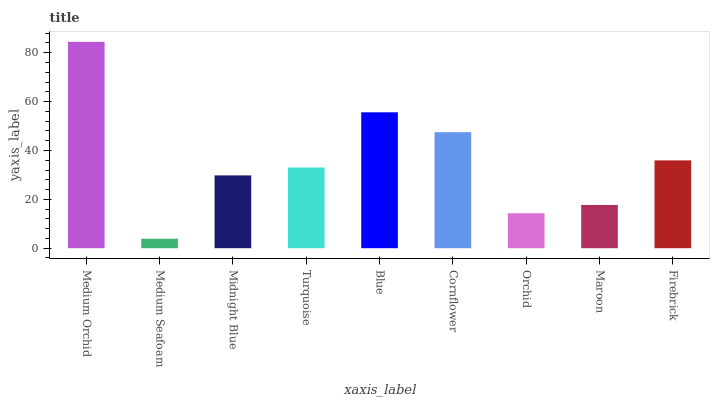
| xaxis_label | bars |
 | --- | --- |
 | Medium Orchid | 84.5 |
 | Medium Seafoam | 3.87 |
 | Midnight Blue | 29.8 |
 | Turquoise | 33 |
 | Blue | 55.6 |
 | Cornflower | 47.5 |
 | Orchid | 14.3 |
 | Maroon | 17.7 |
 | Firebrick | 35.9 |